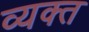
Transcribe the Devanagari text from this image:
व्‍यक्‍त